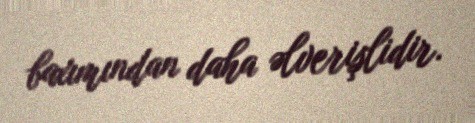
baxımından daha əlverişlidir.